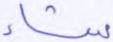
شاء